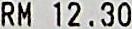
RM 12.30